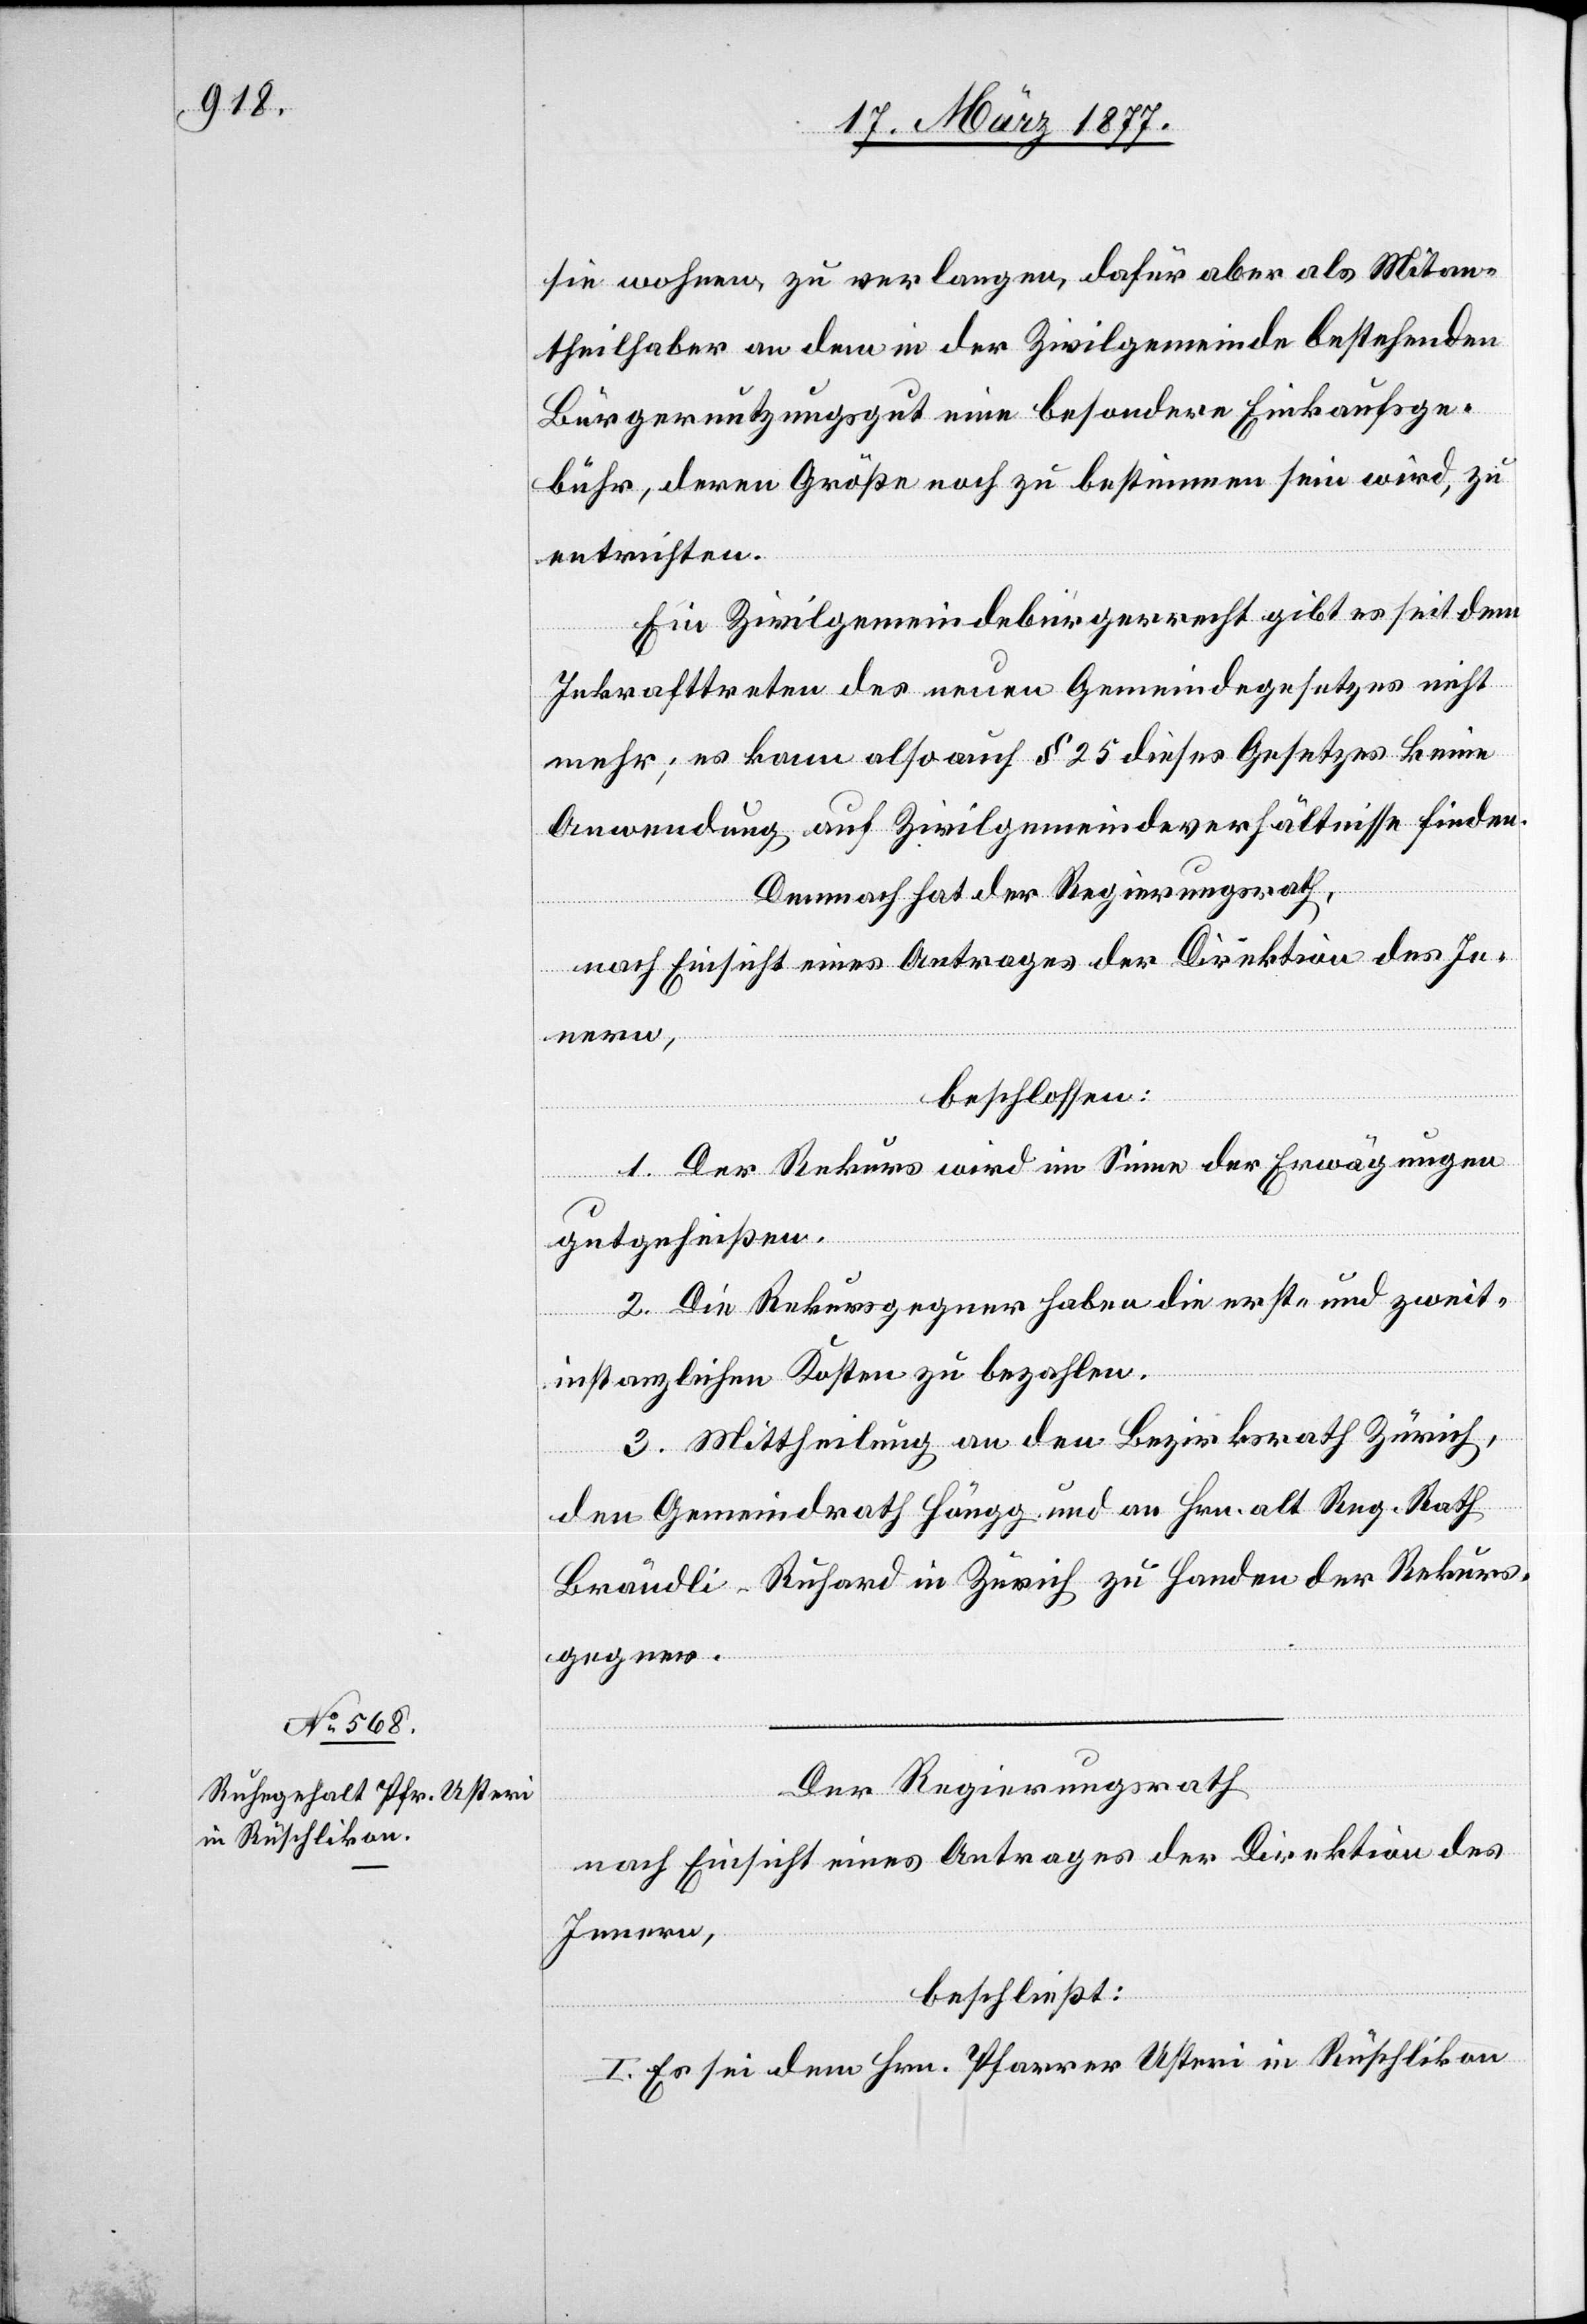
Der Regierungsrath
nach Einsicht eines Antrages der Direktion des
Innern,
beschließt:
I. Es sei dem Hrn. Pfarrer Usteri in Rüschlikon